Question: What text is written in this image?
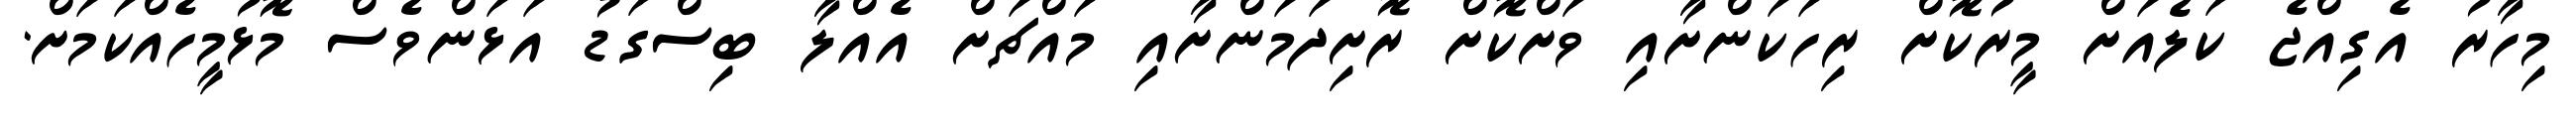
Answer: މިހާރު އެގިއްޖެ ކަލެއަށް މީރުކޮށް ރިހަކަންށާއި ވަށްކޮށް ރޮށިދަމަންށާއި މައްޗަށް އެއްލާ ބިސްގަޑު އަޅަންވެސް މޮޅުމީހެއްކަމަށް.